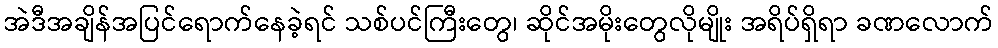
အဲဒီအချိန်အပြင်ရောက်နေခဲ့ရင် သစ်ပင်ကြီးတွေ၊ ဆိုင်အမိုးတွေလိုမျိုး အရိပ်ရှိရာ ခဏလောက်